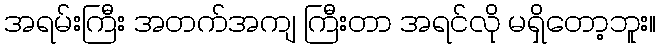
အရမ်းကြီး အတက်အကျ ကြီးတာ အရင်လို မရှိတော့ဘူး။